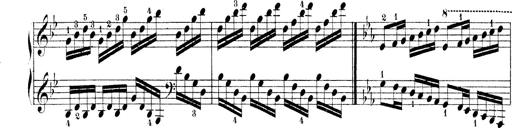
Title: Technische Studien
Composer: Franz Liszt